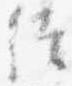
徙